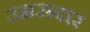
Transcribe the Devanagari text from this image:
उमसदार